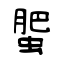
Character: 蜰